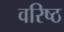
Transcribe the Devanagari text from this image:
वरिष्‍ठ